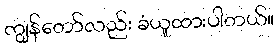
ကျွန်တော်လည်း ခံယူထားပါတယ်။